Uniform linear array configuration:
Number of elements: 24
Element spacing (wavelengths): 1
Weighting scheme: cosine
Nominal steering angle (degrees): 30
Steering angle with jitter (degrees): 31.074
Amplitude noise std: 0.05
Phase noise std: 0.05

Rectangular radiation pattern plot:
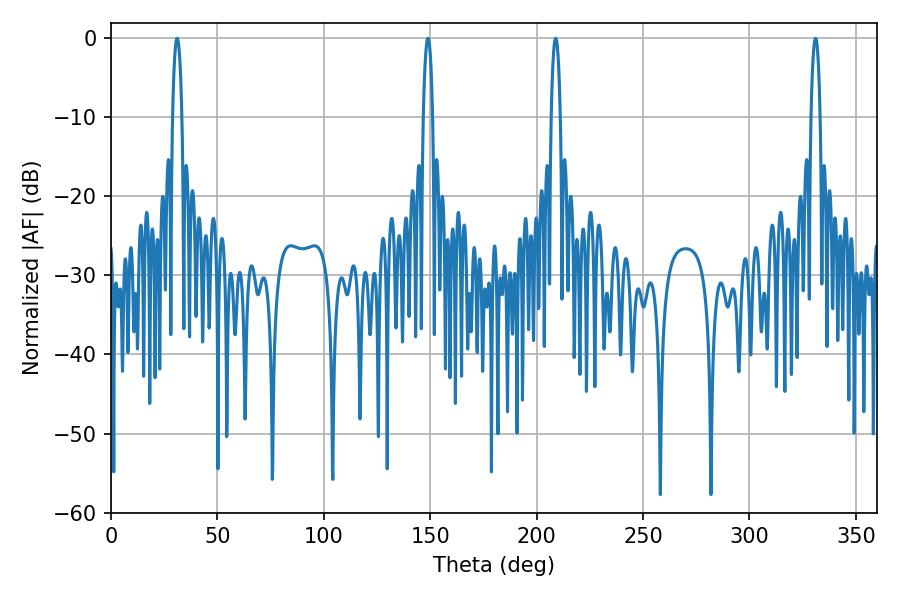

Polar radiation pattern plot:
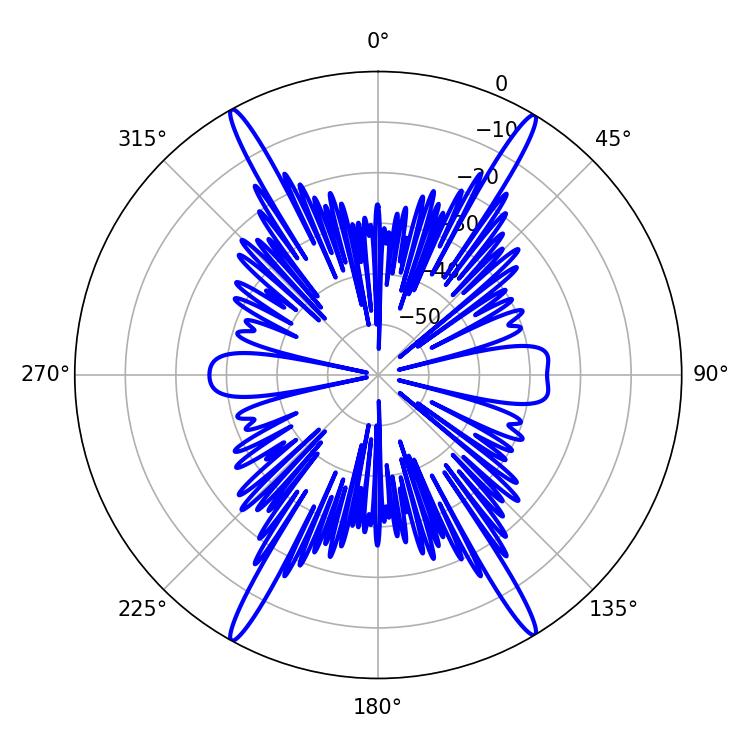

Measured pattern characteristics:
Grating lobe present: TRUE
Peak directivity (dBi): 26.655
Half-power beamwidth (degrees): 2.34
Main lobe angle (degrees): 208.98